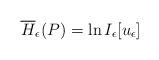
LaTeX: \begin{align*}\overline{H}_\epsilon (P )=\ln I_\epsilon [u_\epsilon ]\end{align*}